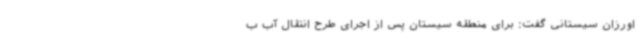
اورزان سیستانی گفت: برای منطقه سیستان پس از اجرای طرح انتقال آب ب